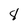
Character: 8